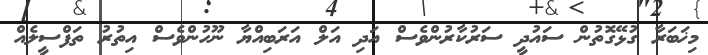
މިޚަބަރާ ގުޅޭގޮތުން ސައުދީ ސަރުކާރުންވެސް އަދި އަލް އަރަބިއްޔާ ނޫހުންވެސް އިތުރު ތަފްސީލެއް